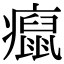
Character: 癙